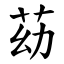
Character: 苭